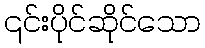
၎င်းပိုင်ဆိုင်သော